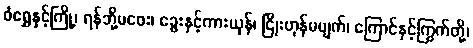
ဝံရွှေနှင့်ကြို့၊ ရန်ဘို့မဝေး၊ ခွေးနှင့်ကားယုန်၊ ငြိုးဟုန်မပျက်၊ ကြောင်နှင့်ကြွက်တို့၊